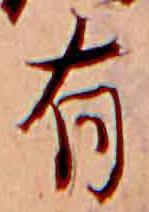
有